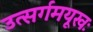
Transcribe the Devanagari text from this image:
उत्सर्गमयूखः